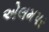
એલમપર